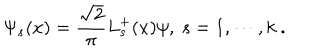
LaTeX: \Psi _ { s } ( x ) = \frac { \sqrt { 2 } } { \pi } L _ { s } ^ { + } ( x ) \psi , ~ s = 1 , \cdots , k ~ .